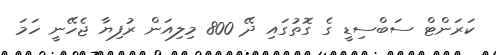
ކަަރަންޓް ސަބްސިޑީ ގެ ގޮތުގައި ދޭ 800 މިލިއަން ރުފިޔާ ޖެހޭނީ ހަމަ